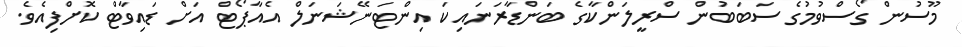
މޫސުން ގޯސްވުމުގެ ސަބަބުން ސްރީލަންކާގެ ބަންޑާރަނައިކަ އިންޓަނޭޝަނަލް އެއާޕޯޓް އަށް ޑައިވާޓް ކޮށްފިއެވެ.